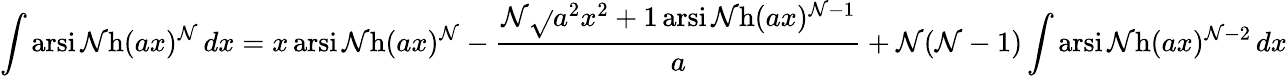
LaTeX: \int\operatorname{arsi\mathcal{N}h}(ax)^{\mathcal{N}}\, dx=x\operatorname{arsi\mathcal{N}h}(ax)^{\mathcal{N}}-{\frac{{\mathcal{N}{\sqrt{}{{a^{2}x^{2}+1}}}\operatorname{arsi\mathcal{N}h}(ax)^{\mathcal{N}-1}}}{{a}}}+\mathcal{N}(\mathcal{N}-1)\int\operatorname{arsi\mathcal{N}h}(ax)^{\mathcal{N}-2}\, dx